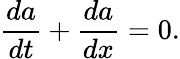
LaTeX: \frac{da}{dt}+\frac{da}{dx}=0.